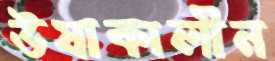
উষাকালীন